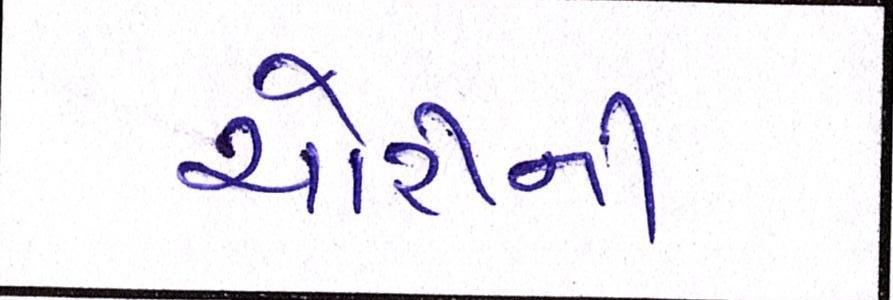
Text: ચોરીની